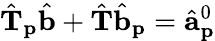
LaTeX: \hat{\mathbf{T}}_{\mathbf{p}}\hat{\mathbf{b}}+\hat{\mathbf{T}}\hat{\mathbf{b}}_{\mathbf{p}}=\hat{\mathbf{a}}_{\mathbf{p}}^{0}